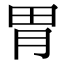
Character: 胃